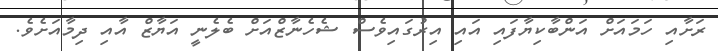
ރަށާއި ހަމައަށް އަންބާކިޔާފައި އައި އިރުގައިވެސް ޝެހެނާޒްއަށް ބެލެނީ އަޔާޒް އާއި ދިމާއަށެވެ.